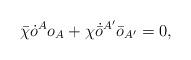
LaTeX: \begin{align*}\bar{\chi}\dot{o}^A o_A + \chi\dot{\bar{o}}{}^{A'}\bar{o}_{A'} = 0,\end{align*}